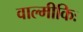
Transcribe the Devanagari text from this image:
वाल्मीकिः